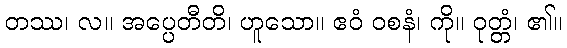
တဿ၊ လ။ အပ္ပေတီတိ၊ ဟူသော။ ဧဝံ ဝစနံ၊ ကို။ ဝုတ္တံ၊ ၏။